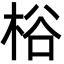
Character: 㭲